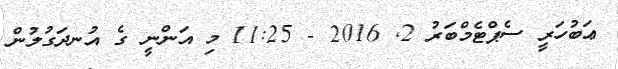
ޢަބުހަރީ ސެޕްޓެމްބަރު 2